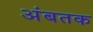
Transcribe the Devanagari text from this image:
अंबतक